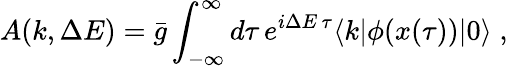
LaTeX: A(k,\Delta E)=\bar{g}\int_{-\infty}^{\infty}d\tau\, e^{i\Delta E\, \tau}\langle k|\phi(x(\tau))|0\rangle\; ,